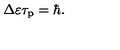
\Delta \varepsilon \tau _ { \mathrm { p } } = \hbar .